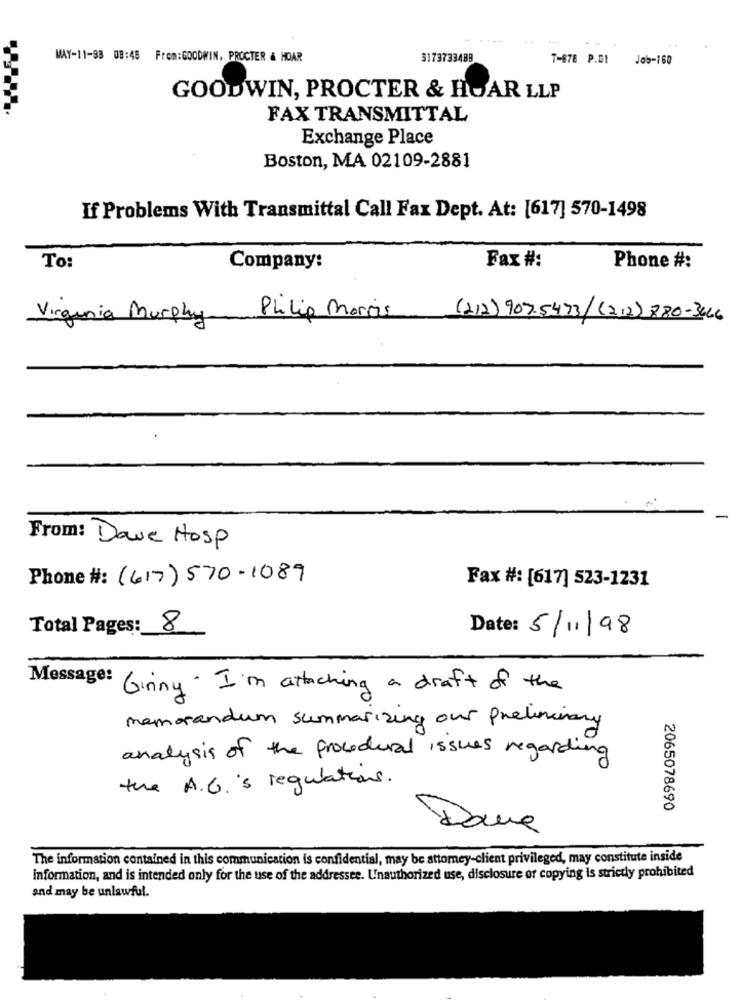
MAY-11-93 08:48 From:GOODWIN, PROCTER & HOAR
3173733488
T-878 P.01 Job-160
GOODWIN, PROCTER & HOAR LLP
FAX TRANSMITTAL
Exchange Place
Boston, MA 02109-2881
If Problems With Transmittal Call Fax Dept. At: [617] 570-1498
To:
Company:
Fax #:
Phone #:
Virginia Murphy
Philip Morris
(212)907.5473/(212) 880-3466
From: Dave Hosp
Phone #: (617) 570-1089
Fax #: [617] 523-1231
Total Pages: 8
Date: 5/11/98
Message:
Giriny . I'm attaching a draft of the
memorandum summarizing our preliminary
analysis of the procedural issues regarding
the A.G.'s regulations.
2065078690
The information contained in this communication is confidential, may be attorney-client privileged, may constitute inside
information, and is intended only for the use of the addressee. Unauthorized use, disclosure or copying is strictly prohibited
and may be unlawful.